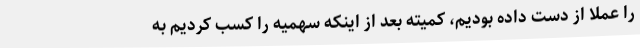
را عملا از دست داده بودیم، کمیته بعد از اینکه سهمیه را کسب کردیم به